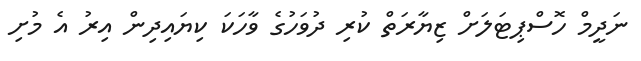
ނަދީމް ހޮސްޕިޓަލަށް ޒިޔާރަތް ކުރި ދުވަހުގެ ވާހަކަ ކިޔައިދިން އިރު އެ މުށި